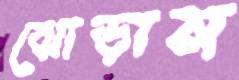
ঝোড়ান